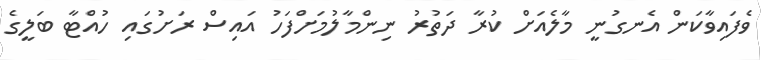
ވެފައިވާކަން އެނގުނީ މާލެއަށް ކުރާ ދަތުރު ނިންމާލުމަށްފަހު އައިސް ރަށުގައި ހުއްޓާ ބަލީގެ